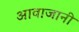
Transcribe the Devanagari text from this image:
आवाजानी